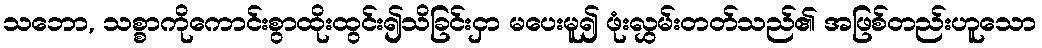
သဘော, သစ္စာကိုကောင်းစွာထိုးထွင်း၍သိခြင်းငှာ မပေးမူ၍ ဖုံးလွှမ်းတတ်သည်၏ အဖြစ်တည်းဟူသော